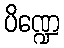
ပိဏ္ဍေ